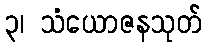
၃၊ သံယောဇနသုတ်